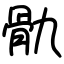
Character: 骩